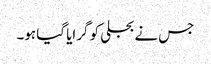
جس نے بجلی کو گرایا گیا ہو۔